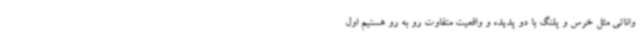
واناتی مثل خرس و پلنگ با دو پدیده و واقعیت متفاوت رو به رو هستیم اول